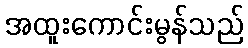
အထူးကောင်းမွန်သည်